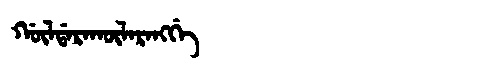
Manchu: ᡤᡡᠯᡩᠠᡵᠠᡴᡡᠯᠠᡵᠠᠩᡤᡝ
Romanization: GŪLDARAKŪLARANGGE